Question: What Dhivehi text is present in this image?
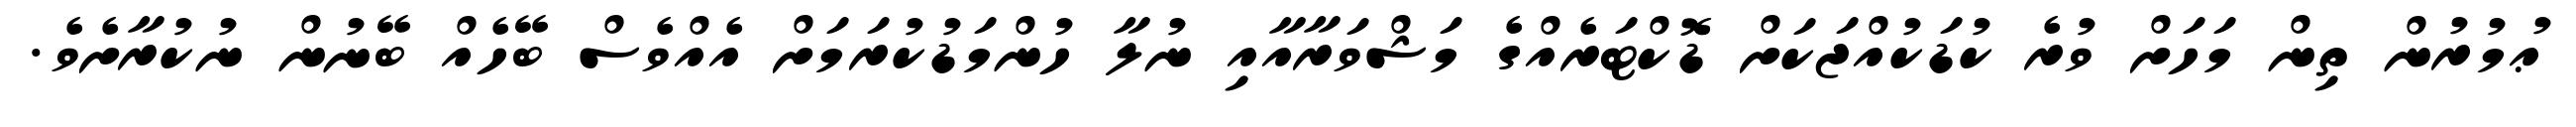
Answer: ޢުމުރުން ތިން މަހަށް ވުރެ ކުޑަކުއްޖަކަށް ޑޮކްޓަރެއްގެ މަޝްވަރާއާއި ނުލާ ހުންމަޑުކުރަމަށް އެއްވެސް ބޭހެއް ބޭނުން ނުކުރާށެވެ.